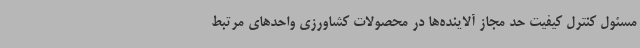
مسئول کنترل کیفیت حد مجاز آلاینده‌ها در محصولات کشاورزی واحدهای مرتبط